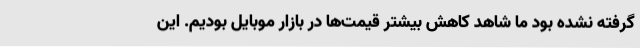
گرفته نشده بود ما شاهد کاهش بیشتر قیمت‌ها در بازار موبایل بودیم. این